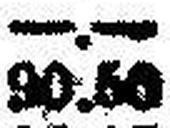
90.50